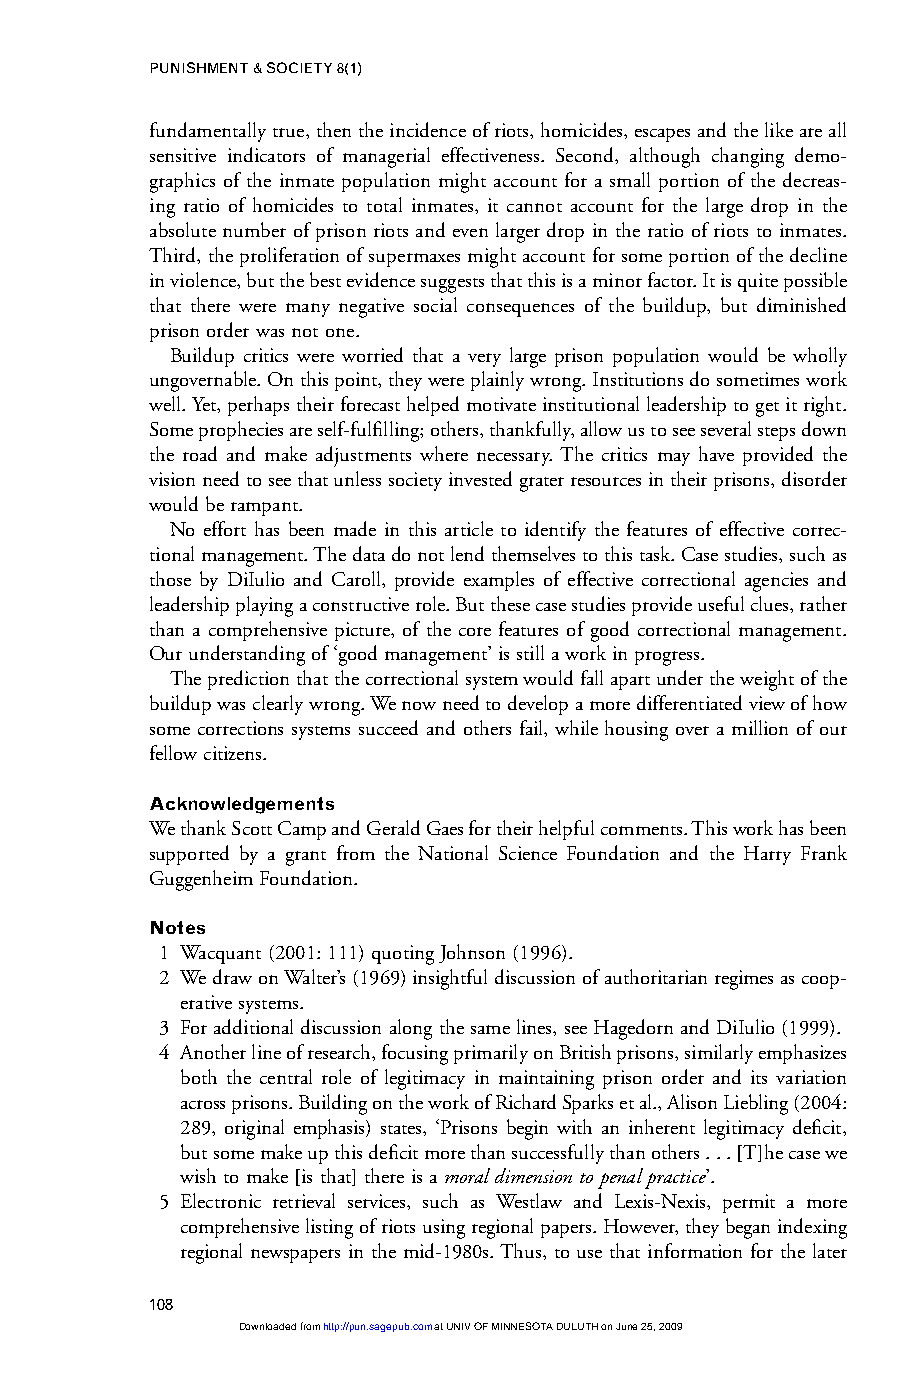
PUNISHMENT & SOCIETY 8(1)
 fundamentally true, then the incidence of riots, homicides, escapes and the like are all
 sensitive indicators of managerial effectiveness. Second, although changing demo-
 graphics of the inmate population might account for a small portion of the decreas-
 ing ratio of homicides to total inmates, it cannot account for the large drop in the
 absolute number of prison riots and even larger drop in the ratio of riots to inmates.
 Third, the proliferation of supermaxes might account for some portion of the decline
 in violence, but the best evidence suggests that this is a minor factor. It is quite possible
 that there were many negative social consequences of the buildup, but diminished
 prison order was not one.
 Buildup critics were worried that a very large prison population would be wholly
 ungovernable. On this point, they were plainly wrong. Institutions do sometimes work
 well. Yet, perhaps their forecast helped motivate institutional leadership to get it right.
 Some prophecies are self-fulfilling; others, thankfully, allow us to see several steps down
 the road and make adjustments where necessary. The critics may have provided the
 vision need to see that unless society invested grater resources in their prisons, disorder
 would be rampant.
 No effort has been made in this article to identify the features of effective correc-
 tional management. The data do not lend themselves to this task. Case studies, such as
 those by DiIulio and Caroll, provide examples of effective correctional agencies and
 leadership playing a constructive role. But these case studies provide useful clues, rather
 than a comprehensive picture, of the core features of good correctional management.
 Our understanding of ‘good management’ is still a work in progress.
 The prediction that the correctional system would fall apart under the weight of the
 buildup was clearly wrong. We now need to develop a more differentiated view of how
 some corrections systems succeed and others fail, while housing over a million of our
 fellow citizens.
 Acknowledgements
 We thank Scott Camp and Gerald Gaes for their helpful comments. This work has been
 supported by a grant from the National Science Foundation and the Harry Frank
 Guggenheim Foundation.
 Notes
 1 Wacquant (2001: 111) quoting Johnson (1996).
 2 We draw on Walter’s (1969) insightful discussion of authoritarian regimes as coop-
 erative systems.
 3 For additional discussion along the same lines, see Hagedorn and DiIulio (1999).
 4 Another line of research, focusing primarily on British prisons, similarly emphasizes
 both the central role of legitimacy in maintaining prison order and its variation
 across prisons. Building on the work of Richard Sparks et al., Alison Liebling (2004:
 289, original emphasis) states, ‘Prisons begin with an inherent legitimacy deficit,
 but some make up this deficit more than successfully than others ... [T]he case we
 wish to make [is that] there is a moral dimension to penal practice’.
 5 Electronic retrieval services, such as Westlaw and Lexis-Nexis, permit a more
 comprehensive listing of riots using regional papers. However, they began indexing
 regional newspapers in the mid-1980s. Thus, to use that information for the later
 108
 Downloaded from http://pun.sagepub.com at UNIV OF MINNESOTA DULUTH on June 25, 2009